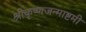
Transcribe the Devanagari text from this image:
श्रीकृष्णजन्माष्टमी